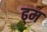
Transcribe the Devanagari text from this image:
ढ्म